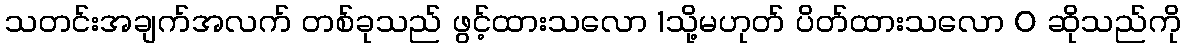
သတင်းအချက်အလက် တစ်ခုသည် ဖွင့်ထားသလော 1သို့မဟုတ် ပိတ်ထားသလော 0 ဆိုသည်ကို